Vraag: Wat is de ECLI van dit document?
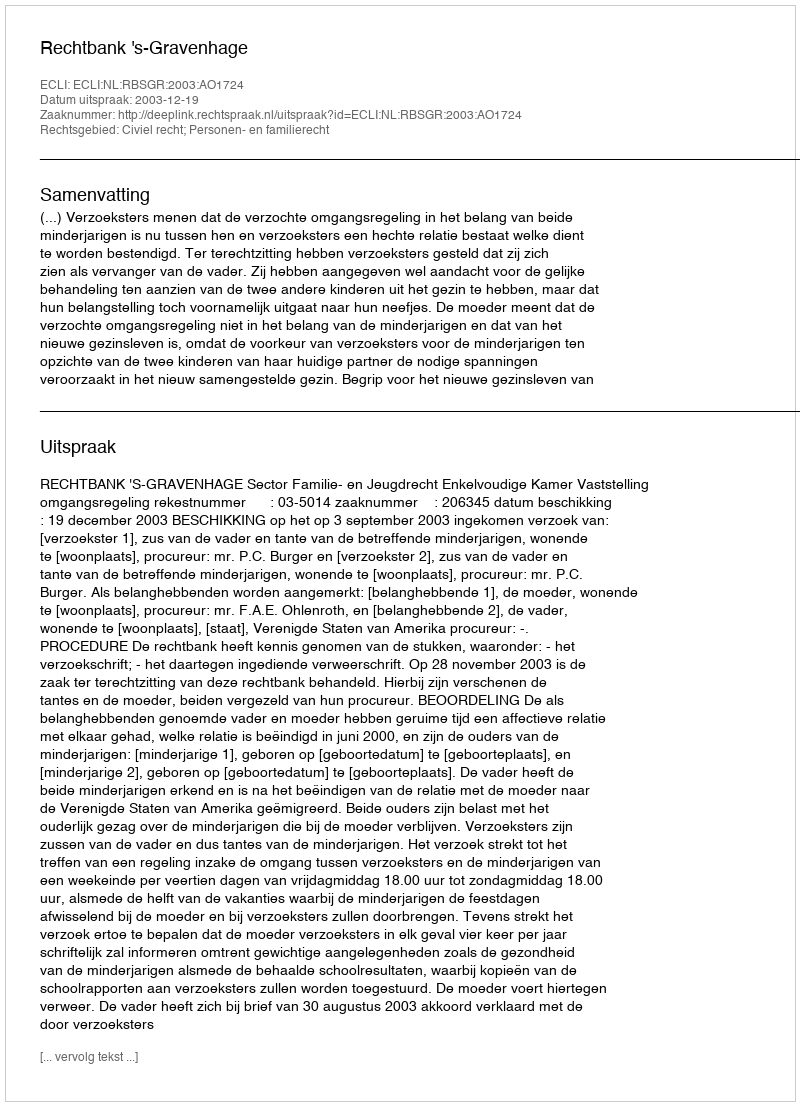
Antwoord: ECLI:NL:RBSGR:2003:AO1724